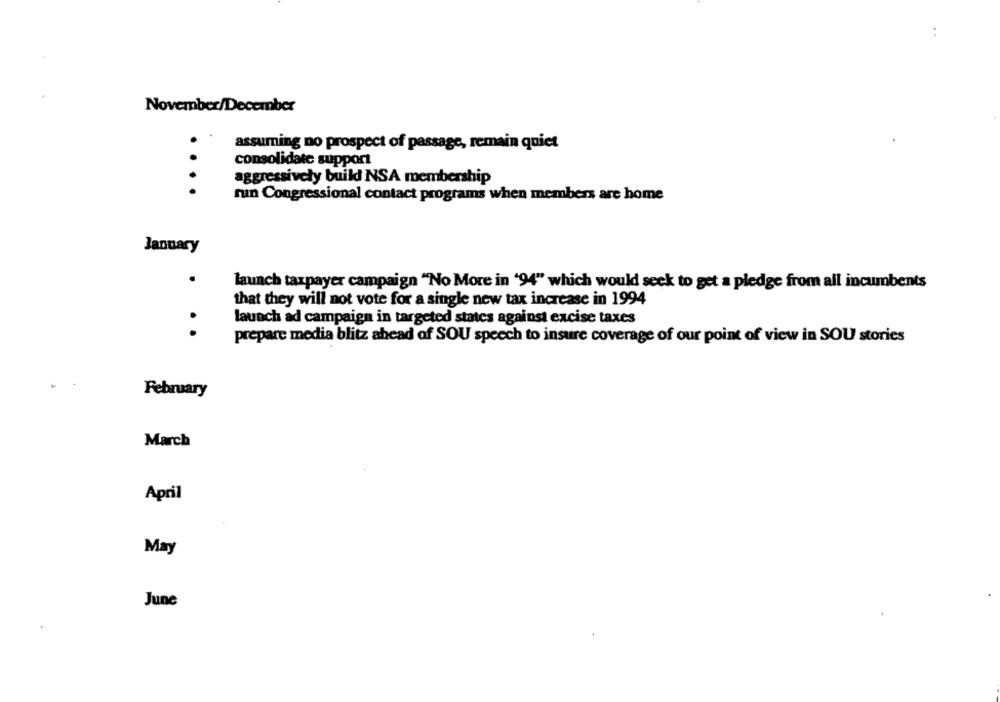
November/December
assuming no prospect of passage, remain quiet
consolidate support
aggressively build NSA membership
....
nuin Congressional contact programs when members are home
January
launch taxpayer campaign "No More in '94" which would seek to get a pledge from all incumbents
that they will not vote for a single new tax increase in 1994
launch ad campaign in targeted states against excise taxes
.. .
prepare media blitz ahead of SOU speech to insure coverage of our point of view in SOU stories
February
March
April
May
June